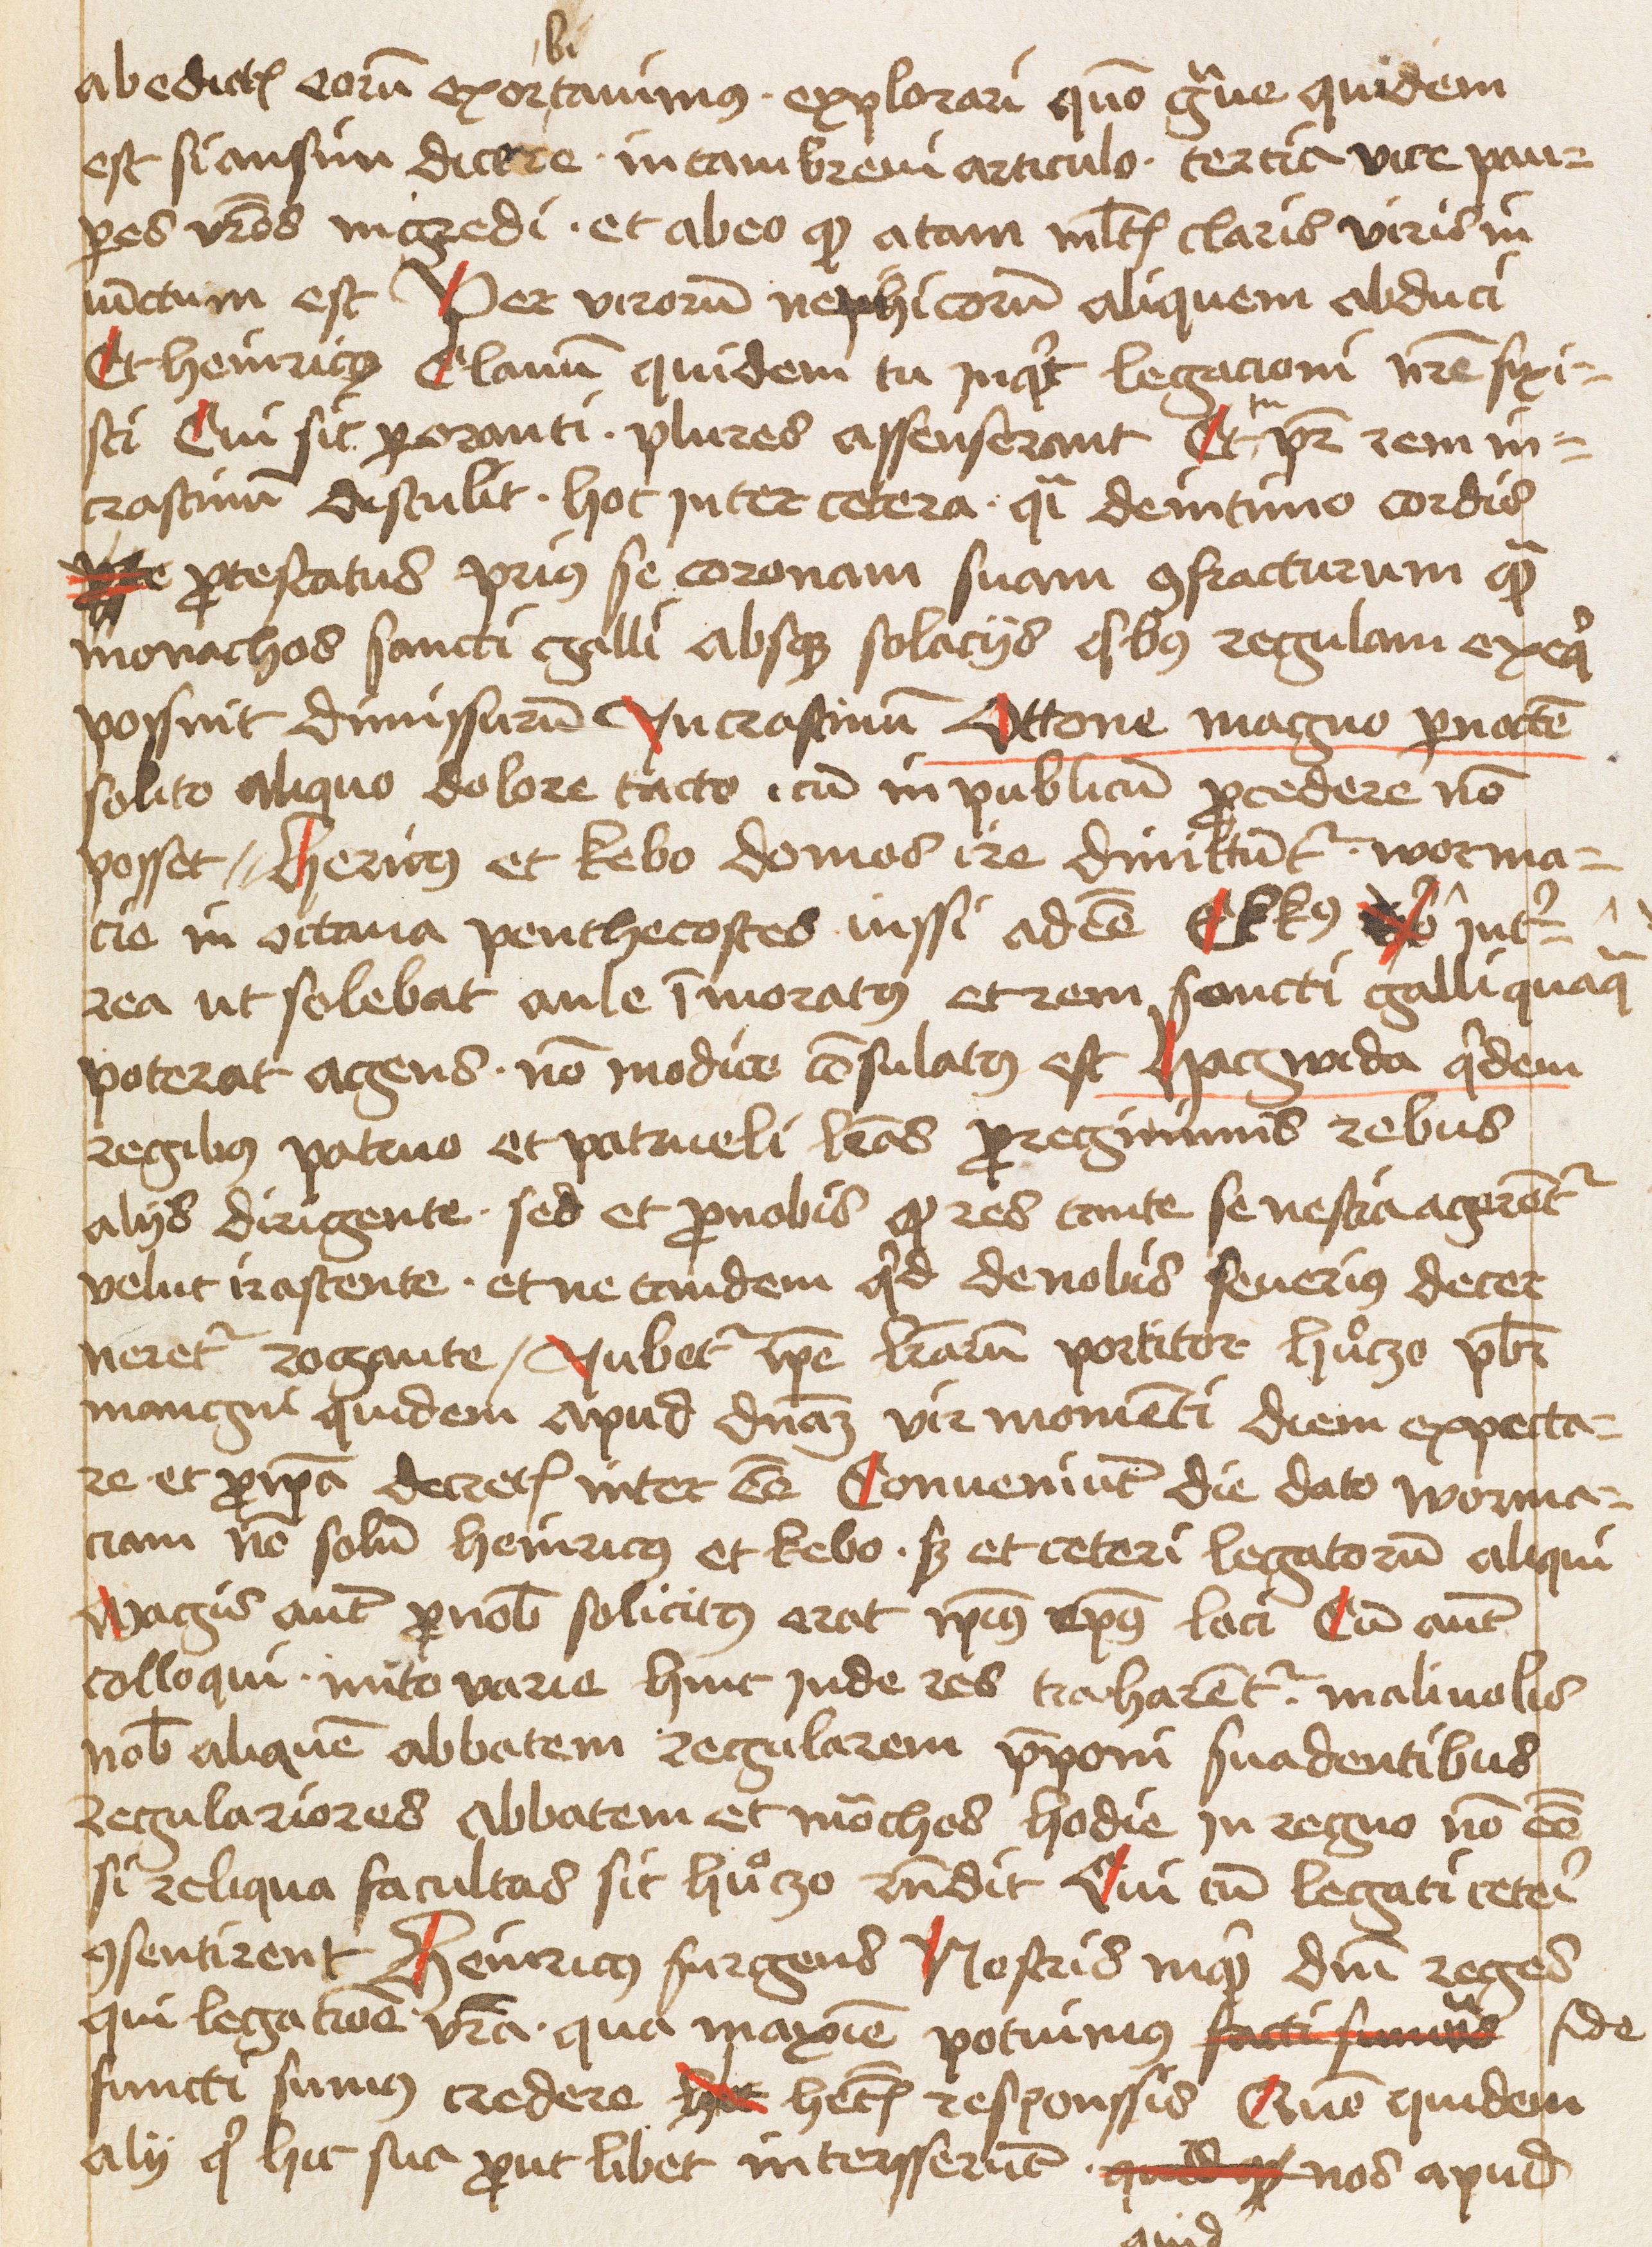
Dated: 1475–1495